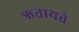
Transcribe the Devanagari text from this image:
ऋतायते